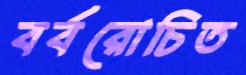
বর্বরোচিত